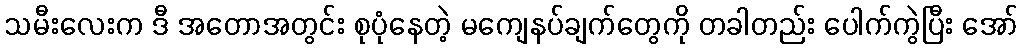
သမီးလေးက ဒီ အတောအတွင်း စုပုံနေတဲ့ မကျေနပ်ချက်တွေကို တခါတည်း ပေါက်ကွဲပြီး အော်